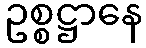
ဥစ္စဋ္ဌာနေ